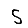
Digit: 5